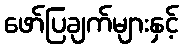
ဖော်ပြချက်များနှင့်